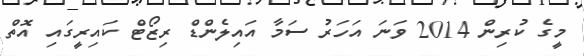
މީގެ ކުރިން 2014 ވަނަ އަހަރު ސަމާ އައިލެންޑް ރިޒޯޓް ކައިރީގައި އޮތް